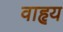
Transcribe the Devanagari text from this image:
वाहृय